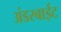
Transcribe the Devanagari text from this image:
अंडरबाईट